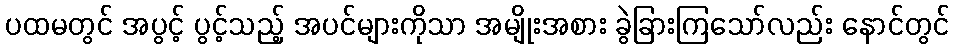
ပထမတွင် အပွင့် ပွင့်သည့် အပင်များကိုသာ အမျိုးအစား ခွဲခြားကြသော်လည်း နောင်တွင်